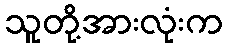
သူတို့အားလုံးက